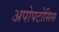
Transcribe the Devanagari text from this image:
अपोपटोसिस